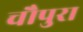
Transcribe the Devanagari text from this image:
चौपुरा